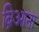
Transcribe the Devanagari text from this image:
ब्रिआना